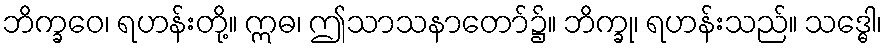
ဘိက္ခဝေ၊ ရဟန်းတို့။ ဣဓ၊ ဤသာသနာတော်၌။ ဘိက္ခု၊ ရဟန်းသည်။ သဒ္ဓေါ၊